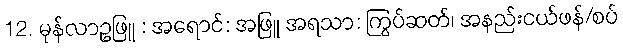
12. မုန်လာဥဖြူ : အရောင်: အဖြူ အရသာ: ကြွပ်ဆတ်၊ အနည်းငယ်ဖန်/စပ်